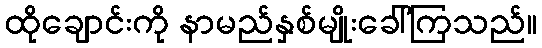
ထိုချောင်းကို နာမည်နှစ်မျိုးခေါ်ကြသည်။